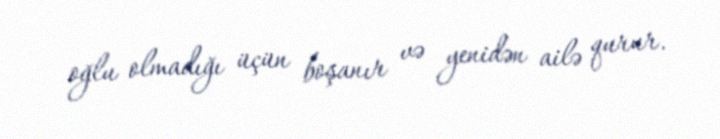
oğlu olmadığı üçün boşanır və yenidən ailə qurur.